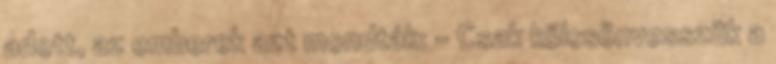
adott, az emberek azt mondták: - Csak kölcsönvesszük a